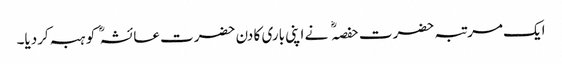
ایک مرتبہ حضرت حفصہ نے اپنی باری کا دن حضرت عائشہ کو ہبہ کردیا۔